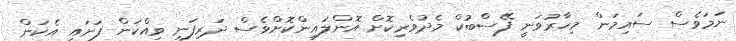
ނަމަވެސް ސައިމަން މިހާރުވަނީ ފޭސްބުކް މެދުވެރިކޮށް އޮންލައިންކޮށްވެސް ދަރިފަނި ވިއްކަން ފަށައި އެކަން